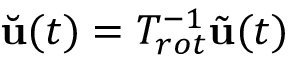
\Breve { \mathbf { u } } ( t ) = T _ { r o t } ^ { - 1 } \tilde { \mathbf { u } } ( t )